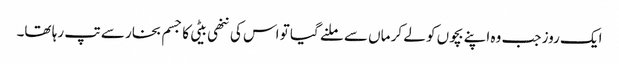
ایک روز جب وہ اپنے بچوں کو لے کر ماں سے ملنے گیا تو اس کی ننھی بیٹی کا جسم بخار سے تپ رہا تھا۔